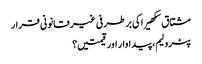
مشتاق سکھیرا کی برطرفی غیر قانونی قرار
پٹرولیم، پیداوار اور قیمتیں؟